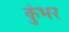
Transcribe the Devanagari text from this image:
कुंभर